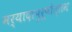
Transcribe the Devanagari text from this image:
मर्यादापुरूषोत्तम